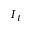
I _ { t }